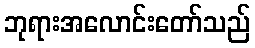
ဘုရားအလောင်းတော်သည်